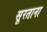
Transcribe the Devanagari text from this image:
सूरताना